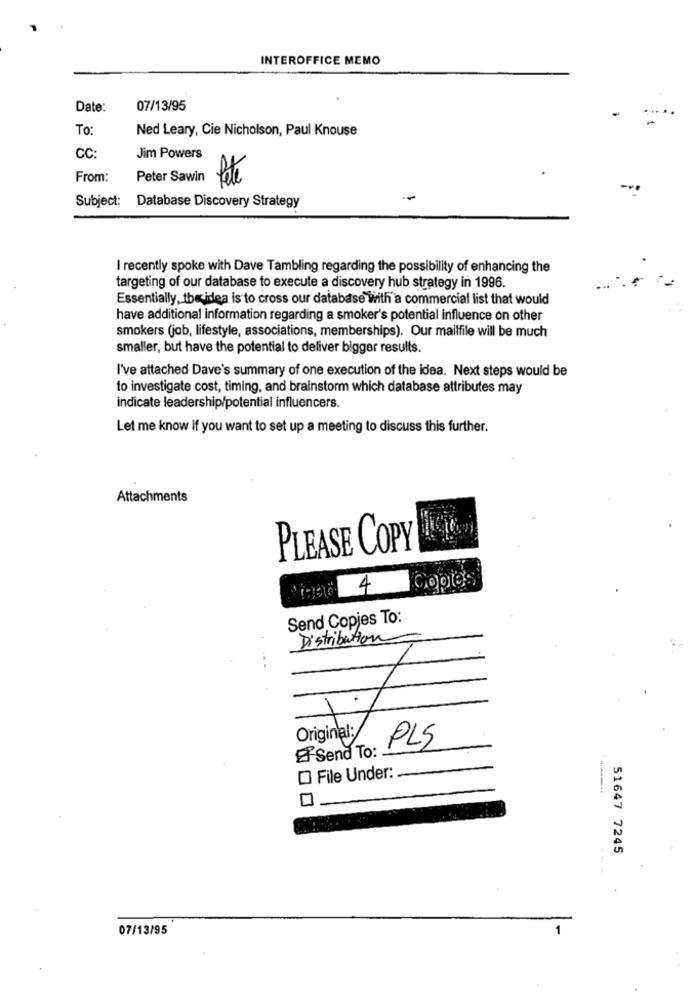
INTEROFFICE MEMO
Date:
07/13/95
To:
Ned Leary, Cie Nicholson, Paul Knouse
CC:
Jim Powers
From:
Peter Sawin
fate
Subject:
Database Discovery Strategy
I recently spoke with Dave Tambling regarding the possibility of enhancing the
targeting of our database to execute a discovery hub strategy in 1996.
Essentially, the idea is to cross our database with a commercial list that would
have additional information regarding a smoker's potential influence on other
smokers (job, lifestyle, associations, memberships). Our mailfile will be much
smaller, but have the potential to deliver bigger results.
I've attached Dave's summary of one execution of the idea. Next steps would be
to investigate cost, timing, and brainstorm which database attributes may
indicate leadership/potential influencers.
Let me know if you want to set up a meeting to discuss this further.
Attachments
PLEASE COPY
Copies
Send Copjes To:
Distribution
1
Original:
ESend To:
PLS
File Under:
51647 7245
07/13/95